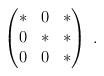
\begin{align*} \begin{pmatrix}* & 0 & *\\ 0 & * & *\\ 0 & 0 & * \end{pmatrix}\;.\end{align*}